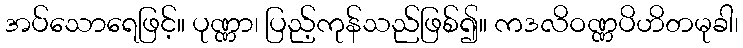
အပ်သောရေဖြင့်။ ပုဏ္ဏာ၊ ပြည့်ကုန်သည်ဖြစ်၍။ ကဒလိဝဏ္ဏပိဟိတမုခါ၊